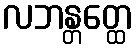
လဘန္တတ္ထေ